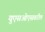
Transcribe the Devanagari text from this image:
युएसओएसवरील